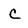
Character: C